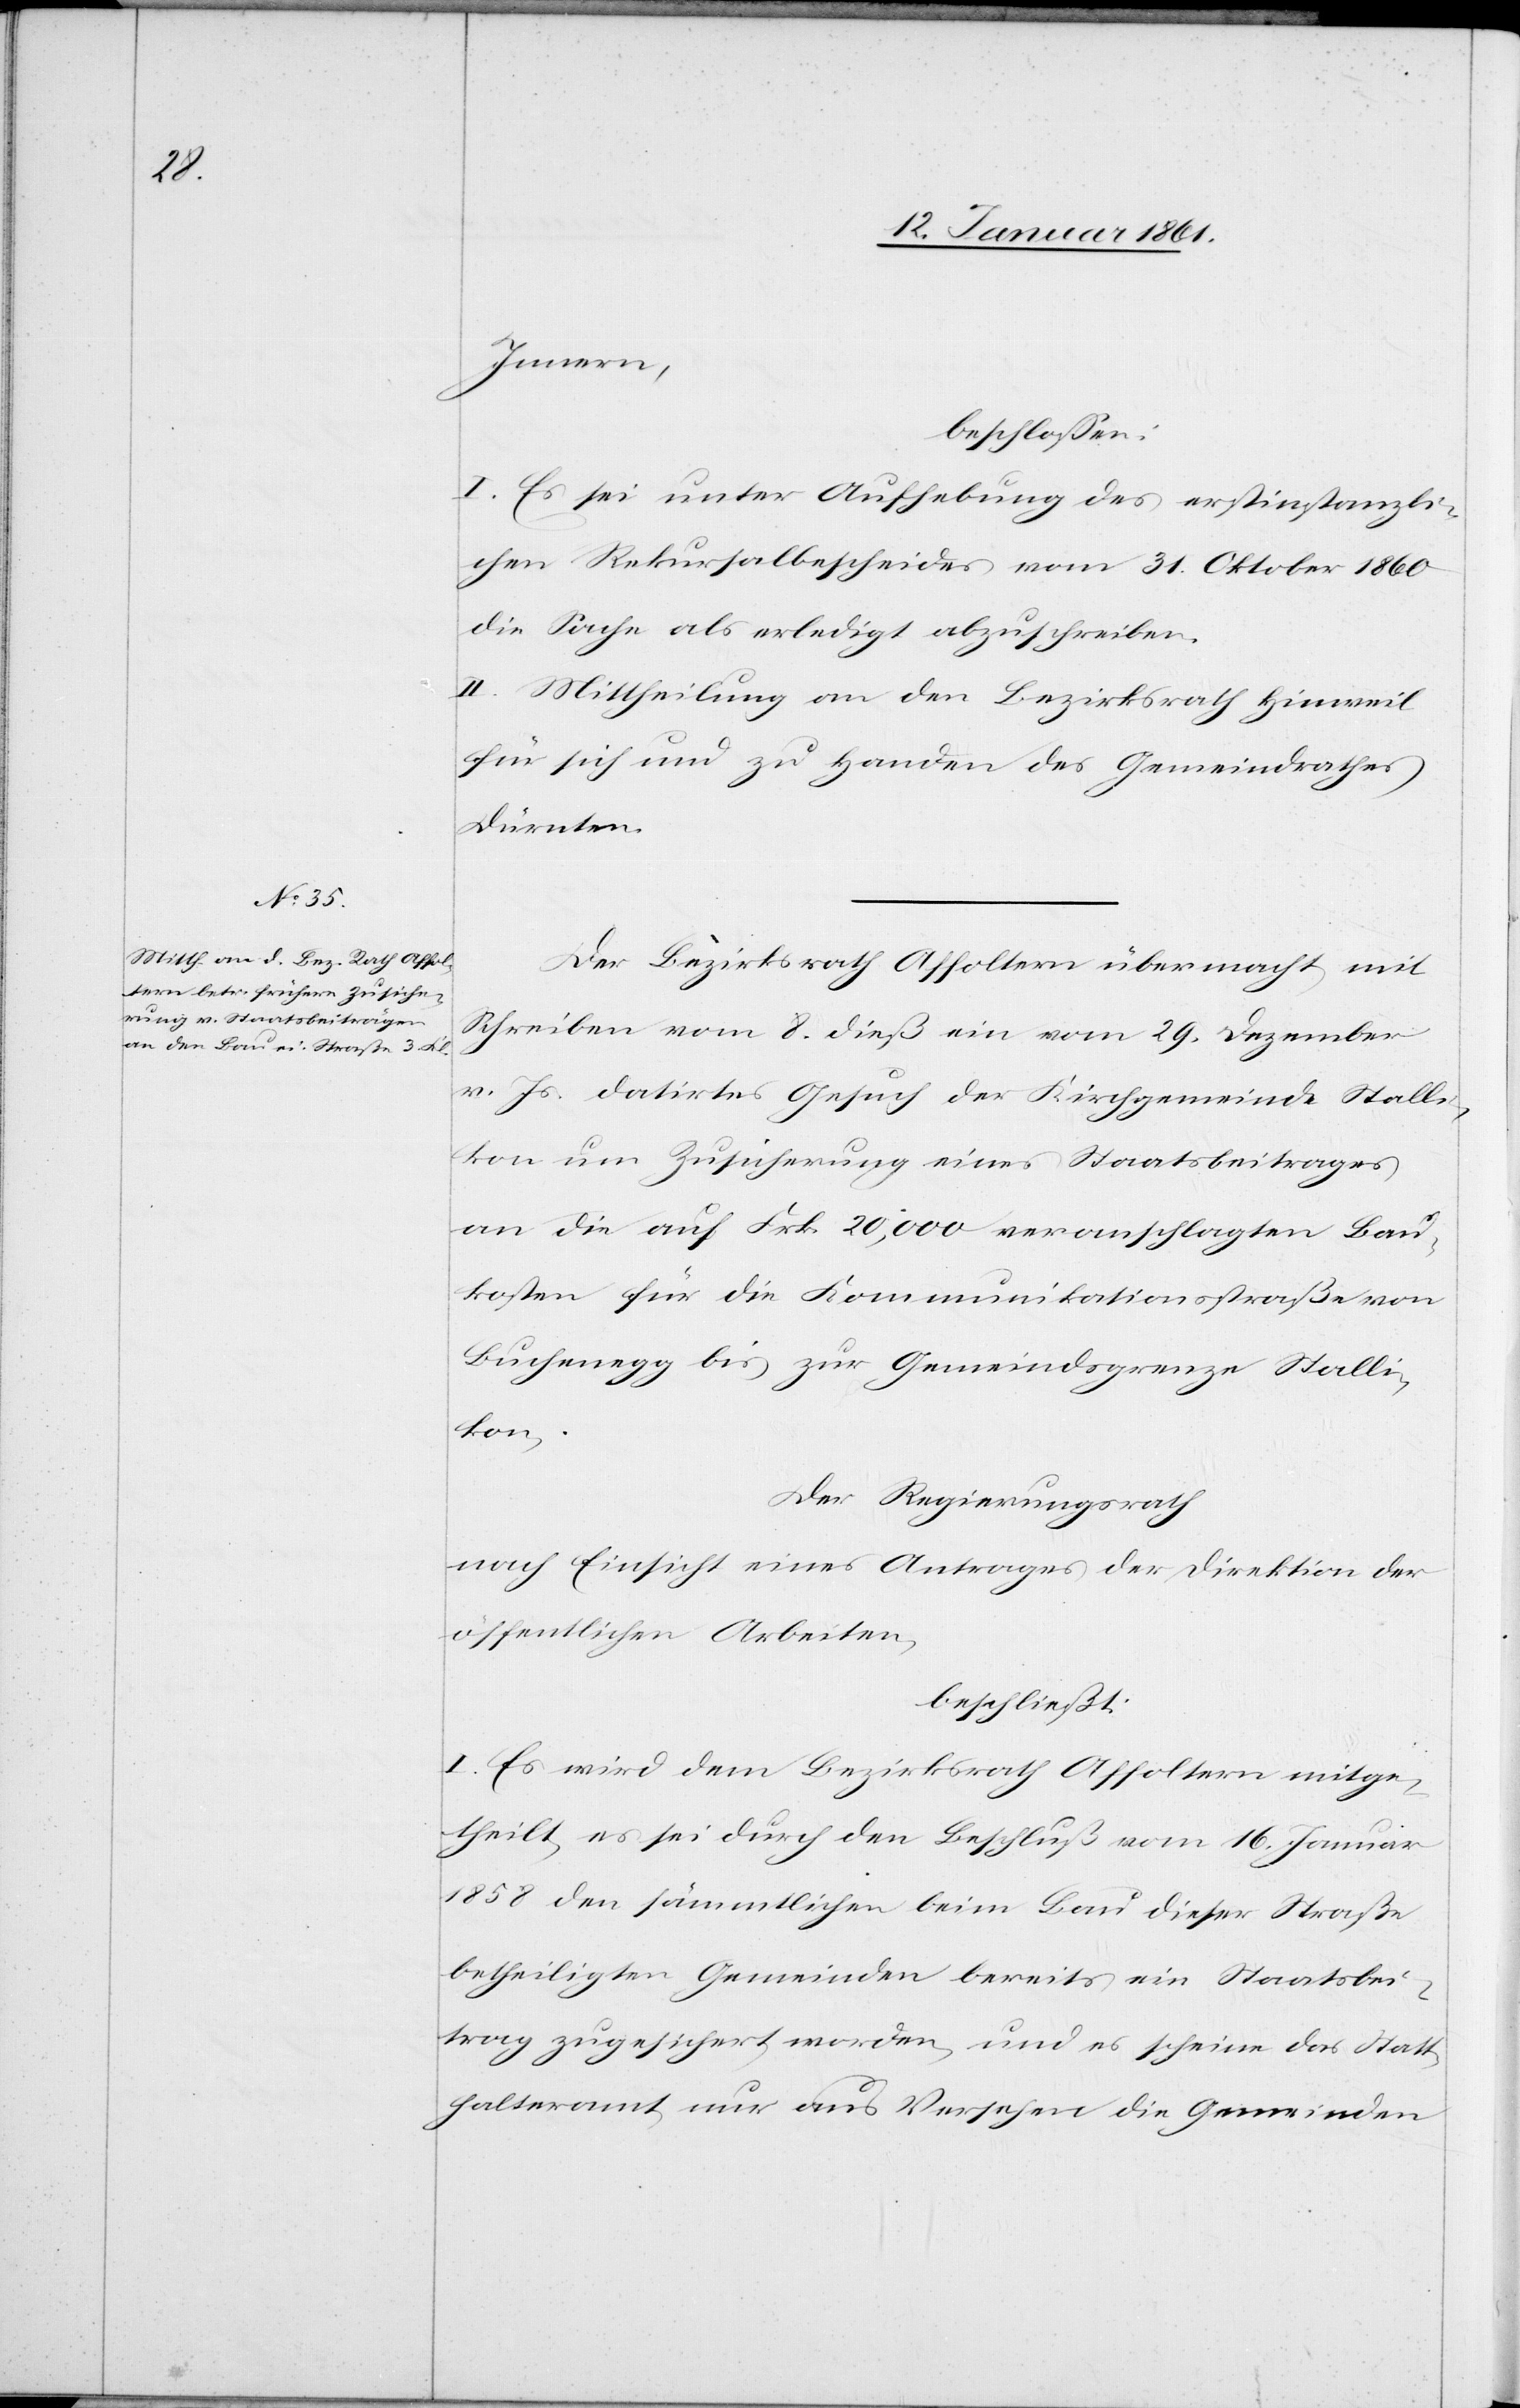
Innern,
beschlossen:
I. Es sei unter Aufhebung des erstinstanzli¬
chen Rekursalbescheides vom 31. Oktober 1860
die Sache als erledigt abzuschreiben.
II. Mittheilung an den Bezirksrath Hinweil
für sich und zu Handen des Gemeindrathes
Dürnten.
Der Bezirksrath Affoltern übermacht mit
Schreiben vom 8. dieß ein vom 29. Dezember
v. Js. datirtes Gesuch der Kirchgemeinde Stalli¬
kon um Zusicherung eines Staatsbeitrages
an die auf Frk. 20,000 veranschlagten Bau¬
kosten für die Kommunikationsstraße von
Buchenegg bis zur Gemeindsgrenze Stalli¬
kon,
der Regierungsrath
nach Einsicht eines Antrages der Direktion der
öffentlichen Arbeiten,
beschließt:
I. Es wird dem Bezirksrath Affoltern mitge¬
theilt, es sei durch den Beschluß vom 16. Januar
1858 den sämmtlichen beim Bau dieser Straße
betheiligten Gemeinden bereits ein Staatsbei¬
trag zugesichert worden, und es scheine das Statt¬
halteramt nur aus Versehen die Gemeinden